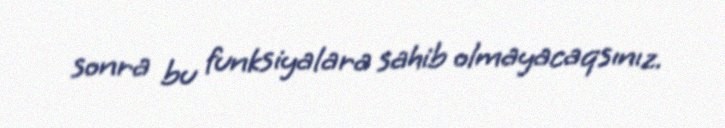
sonra bu funksiyalara sahib olmayacaqsınız.